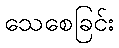
သေစေခြင်း